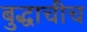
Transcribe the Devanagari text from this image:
बुद्धाचीच